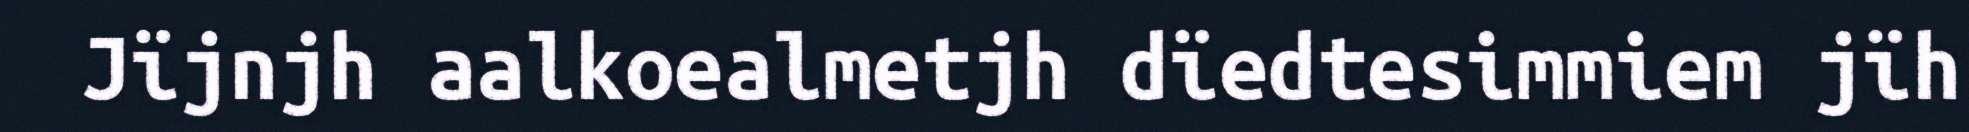
Jïjnjh aalkoealmetjh dïedtesimmiem jïh